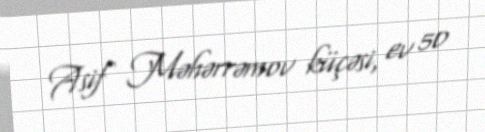
Asif Məhərrəmov küçəsi, ev 50